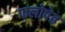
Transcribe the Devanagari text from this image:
फलोपेत